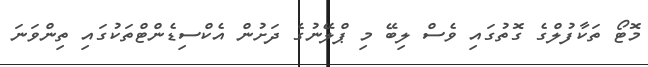
މޮޓޯ ތަކާފުލްގެ ގޮތުގައި ވެސް ލިބޭ މި ޕްލޭނުގެ ދަށުން އެކްސިޑެންޓްތަކުގައި ތިންވަނަ